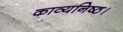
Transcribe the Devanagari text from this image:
काव्यनिष्ठ।